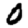
Digit: 0